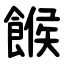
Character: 餱